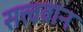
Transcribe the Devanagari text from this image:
सत्त्ववान